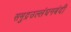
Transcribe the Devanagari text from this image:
समुद्रउल्लंघनबंदी